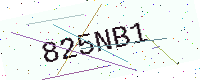
Text: 825NB1